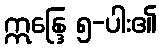
ဣန္ဒြေ ၅-ပါး၏